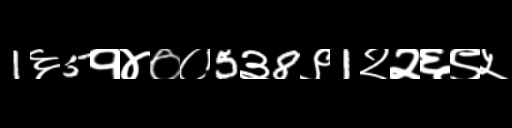
Text: 1६5१४००5३8९1२२६९५